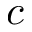
c